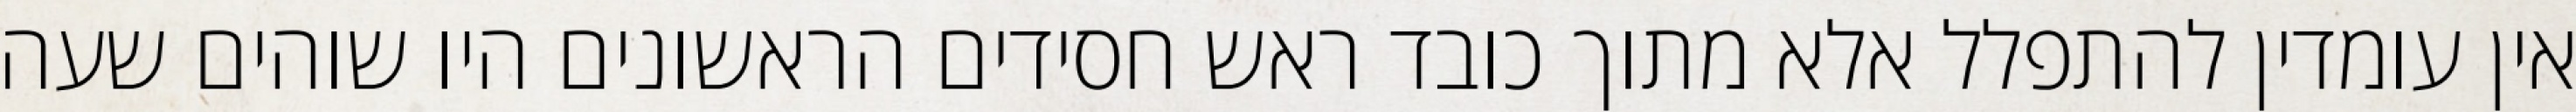
אין עומדין להתפלל אלא מתוך כובד ראש חסידים הראשונים היו שוהים שעה